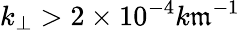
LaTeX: k_{\perp}>2\times10^{-4}k\mathfrak{m}^{-1}